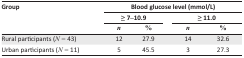
<table><thead><tr><td><b>Group</b></td><td colspan="4"><b>Blood glucose level (mmol/L)</b></td></tr><tr><td></td><td colspan="2"><b>≥ 7–10.9</b></td><td colspan="2"><b>≥ 11.0</b></td></tr><tr><td></td><td><b><i>n</i></b></td><td><b>%</b></td><td><b><i>n</i></b></td><td><b>%</b></td></tr></thead><tbody><tr><td>Rural participants (<i>N</i> = 43)</td><td>12</td><td>27.9</td><td>14</td><td>32.6</td></tr><tr><td>Urban participants (<i>N</i> = 11)</td><td>5</td><td>45.5</td><td>3</td><td>27.3</td></tr></tbody></table>